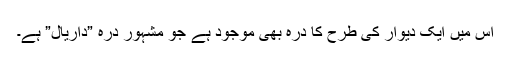
اس میں ایک دیوار کی طرح کا درّہ بھی موجود ہے جو مشہور درّہ ”داریال” ہے۔